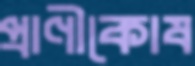
প্রাণীকোষ